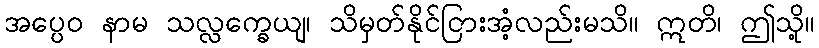
အပ္ပေဝ နာမ သလ္လက္ခေယျ၊ သိမှတ်နိုင်ငြားအံ့လည်းမသိ။ ဣတိ၊ ဤသို့။